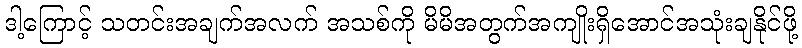
ဒါ့ကြောင့် သတင်းအချက်အလက် အသစ်ကို မိမိအတွက်အကျိုးရှိအောင်အသုံးချနိုင်ဖို့